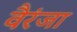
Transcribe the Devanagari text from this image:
वैरंजा